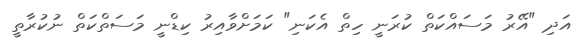
އަދި "އޭރު މަސައްކަތް ކުރަނީ ހިތް އެކަނި" ކަމަށްވާއިރު ކިޑްނީ މަސަތްކަތް ނުކުރާތީ